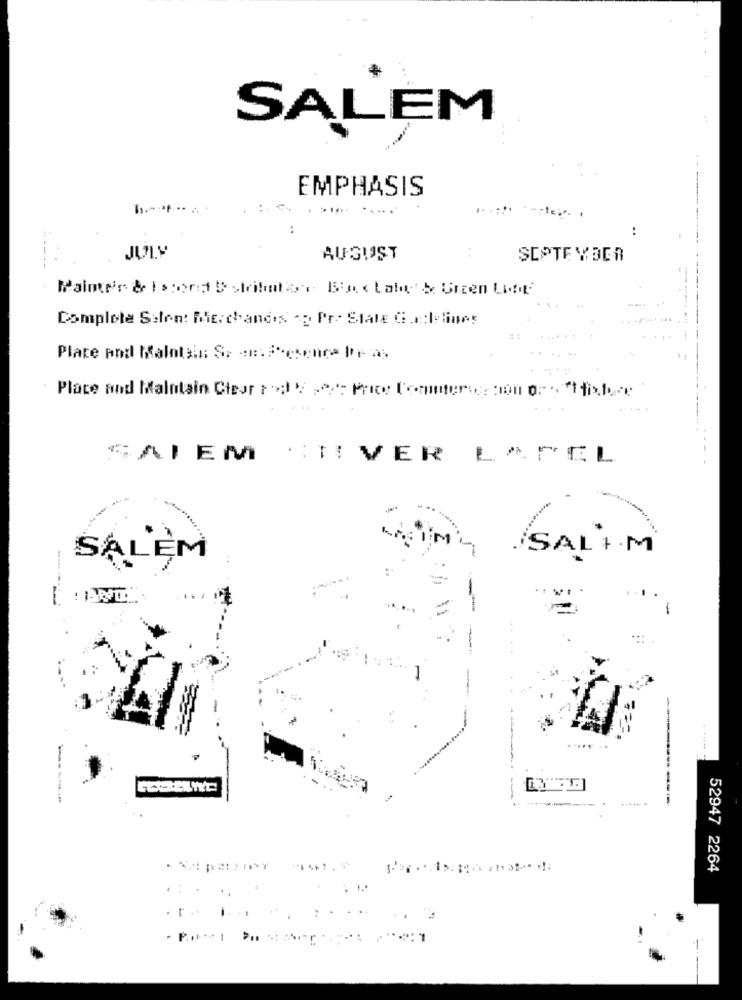
. .
*
SALEM
EMPHASIS
:
JULY
AUGUST
SCPTE WBER
------
Complete Selon: Me: chandis -g Pr. Stale G.c:loliner
Place and Maintain Clear cod Viser Price Conintersection ore " fisher
CALEM
CTIVER LAPEL
-- -
i'm
SALEM
im
-1
1
-----
52947 2264
.....
.r. .... .. . . ..
-